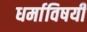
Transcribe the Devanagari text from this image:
धर्माविषयी